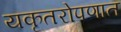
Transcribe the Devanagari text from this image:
यकृतरोपणात